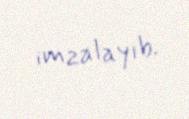
imzalayıb.